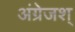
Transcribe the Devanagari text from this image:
अंग्रेजश्